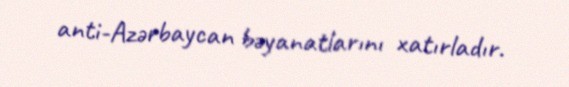
anti-Azərbaycan bəyanatlarını xatırladır.